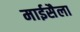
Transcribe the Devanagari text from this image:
माईसैला